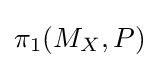
\pi _{1}(M_{X},P)\